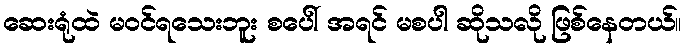
ဆေးရုံထဲ မဝင်ရသေးဘူး စပေါ် အရင် မစပါ ဆိုသလို ဖြစ်နေတယ်။